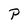
Character: P